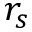
r _ { s }